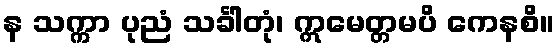
န သက္ကာ ပုညံ သင်္ခါတုံ၊ ဣမေတ္တမပိ ကေနစိ။